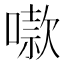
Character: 𫫬